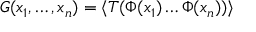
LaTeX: G ( x _ { 1 } , \dots , x _ { n } ) = \langle T ( \Phi ( x _ { 1 } ) \dots \Phi ( x _ { n } ) ) \rangle